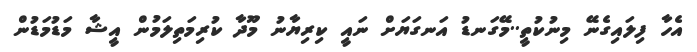
އެހާ ފިލައިގެނޭ މިނުކުތީ..މޭގަނޑު އަނގަޔަށް ނައީ ކިރިޔާނު މޫދާ ކުރިމަތިލަމުން އީޝާ މަޑުމަޑުން